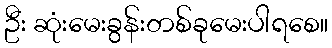
ဦး ဆုံးမေးခွန်းတစ်ခုမေးပါရစေ။